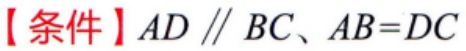
【条件】\(AD \parallel BC\)、\(AB = DC\)